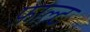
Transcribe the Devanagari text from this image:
फ़ाल्ट